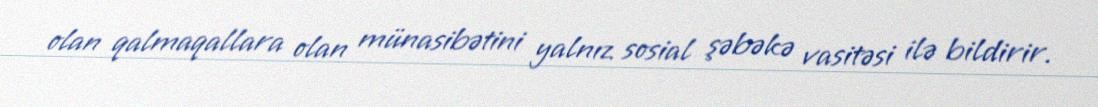
olan qalmaqallara olan münasibətini yalnız sosial şəbəkə vasitəsi ilə bildirir.